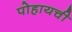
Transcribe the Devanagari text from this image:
पोहायची